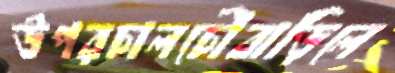
উপরচালচৌবাড়িলে